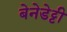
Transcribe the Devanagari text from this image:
बेनेडेट्टी